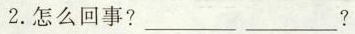
2.怎么回事?_________ _________?